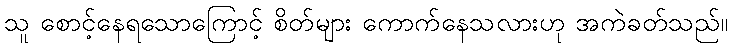
သူ စောင့်နေရသောကြောင့် စိတ်များ ကောက်နေသလားဟု အကဲခတ်သည်။